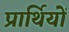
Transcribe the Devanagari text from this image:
प्रार्थियों